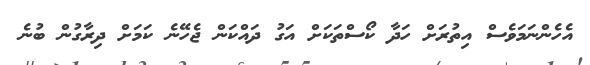
އެހެންނަމަވެސް އިތުރަށް ހަދާ ކޯސްތަކަށް އަގު ދައްކަން ޖެހޭނެ ކަމަށް ދިރާގުން ބުނެ